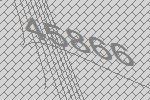
45866